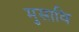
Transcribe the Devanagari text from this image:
मुसावि